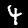
Digit: 4